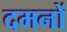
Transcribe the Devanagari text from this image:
दमनों